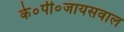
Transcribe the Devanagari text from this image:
के०पी०जायसवाल